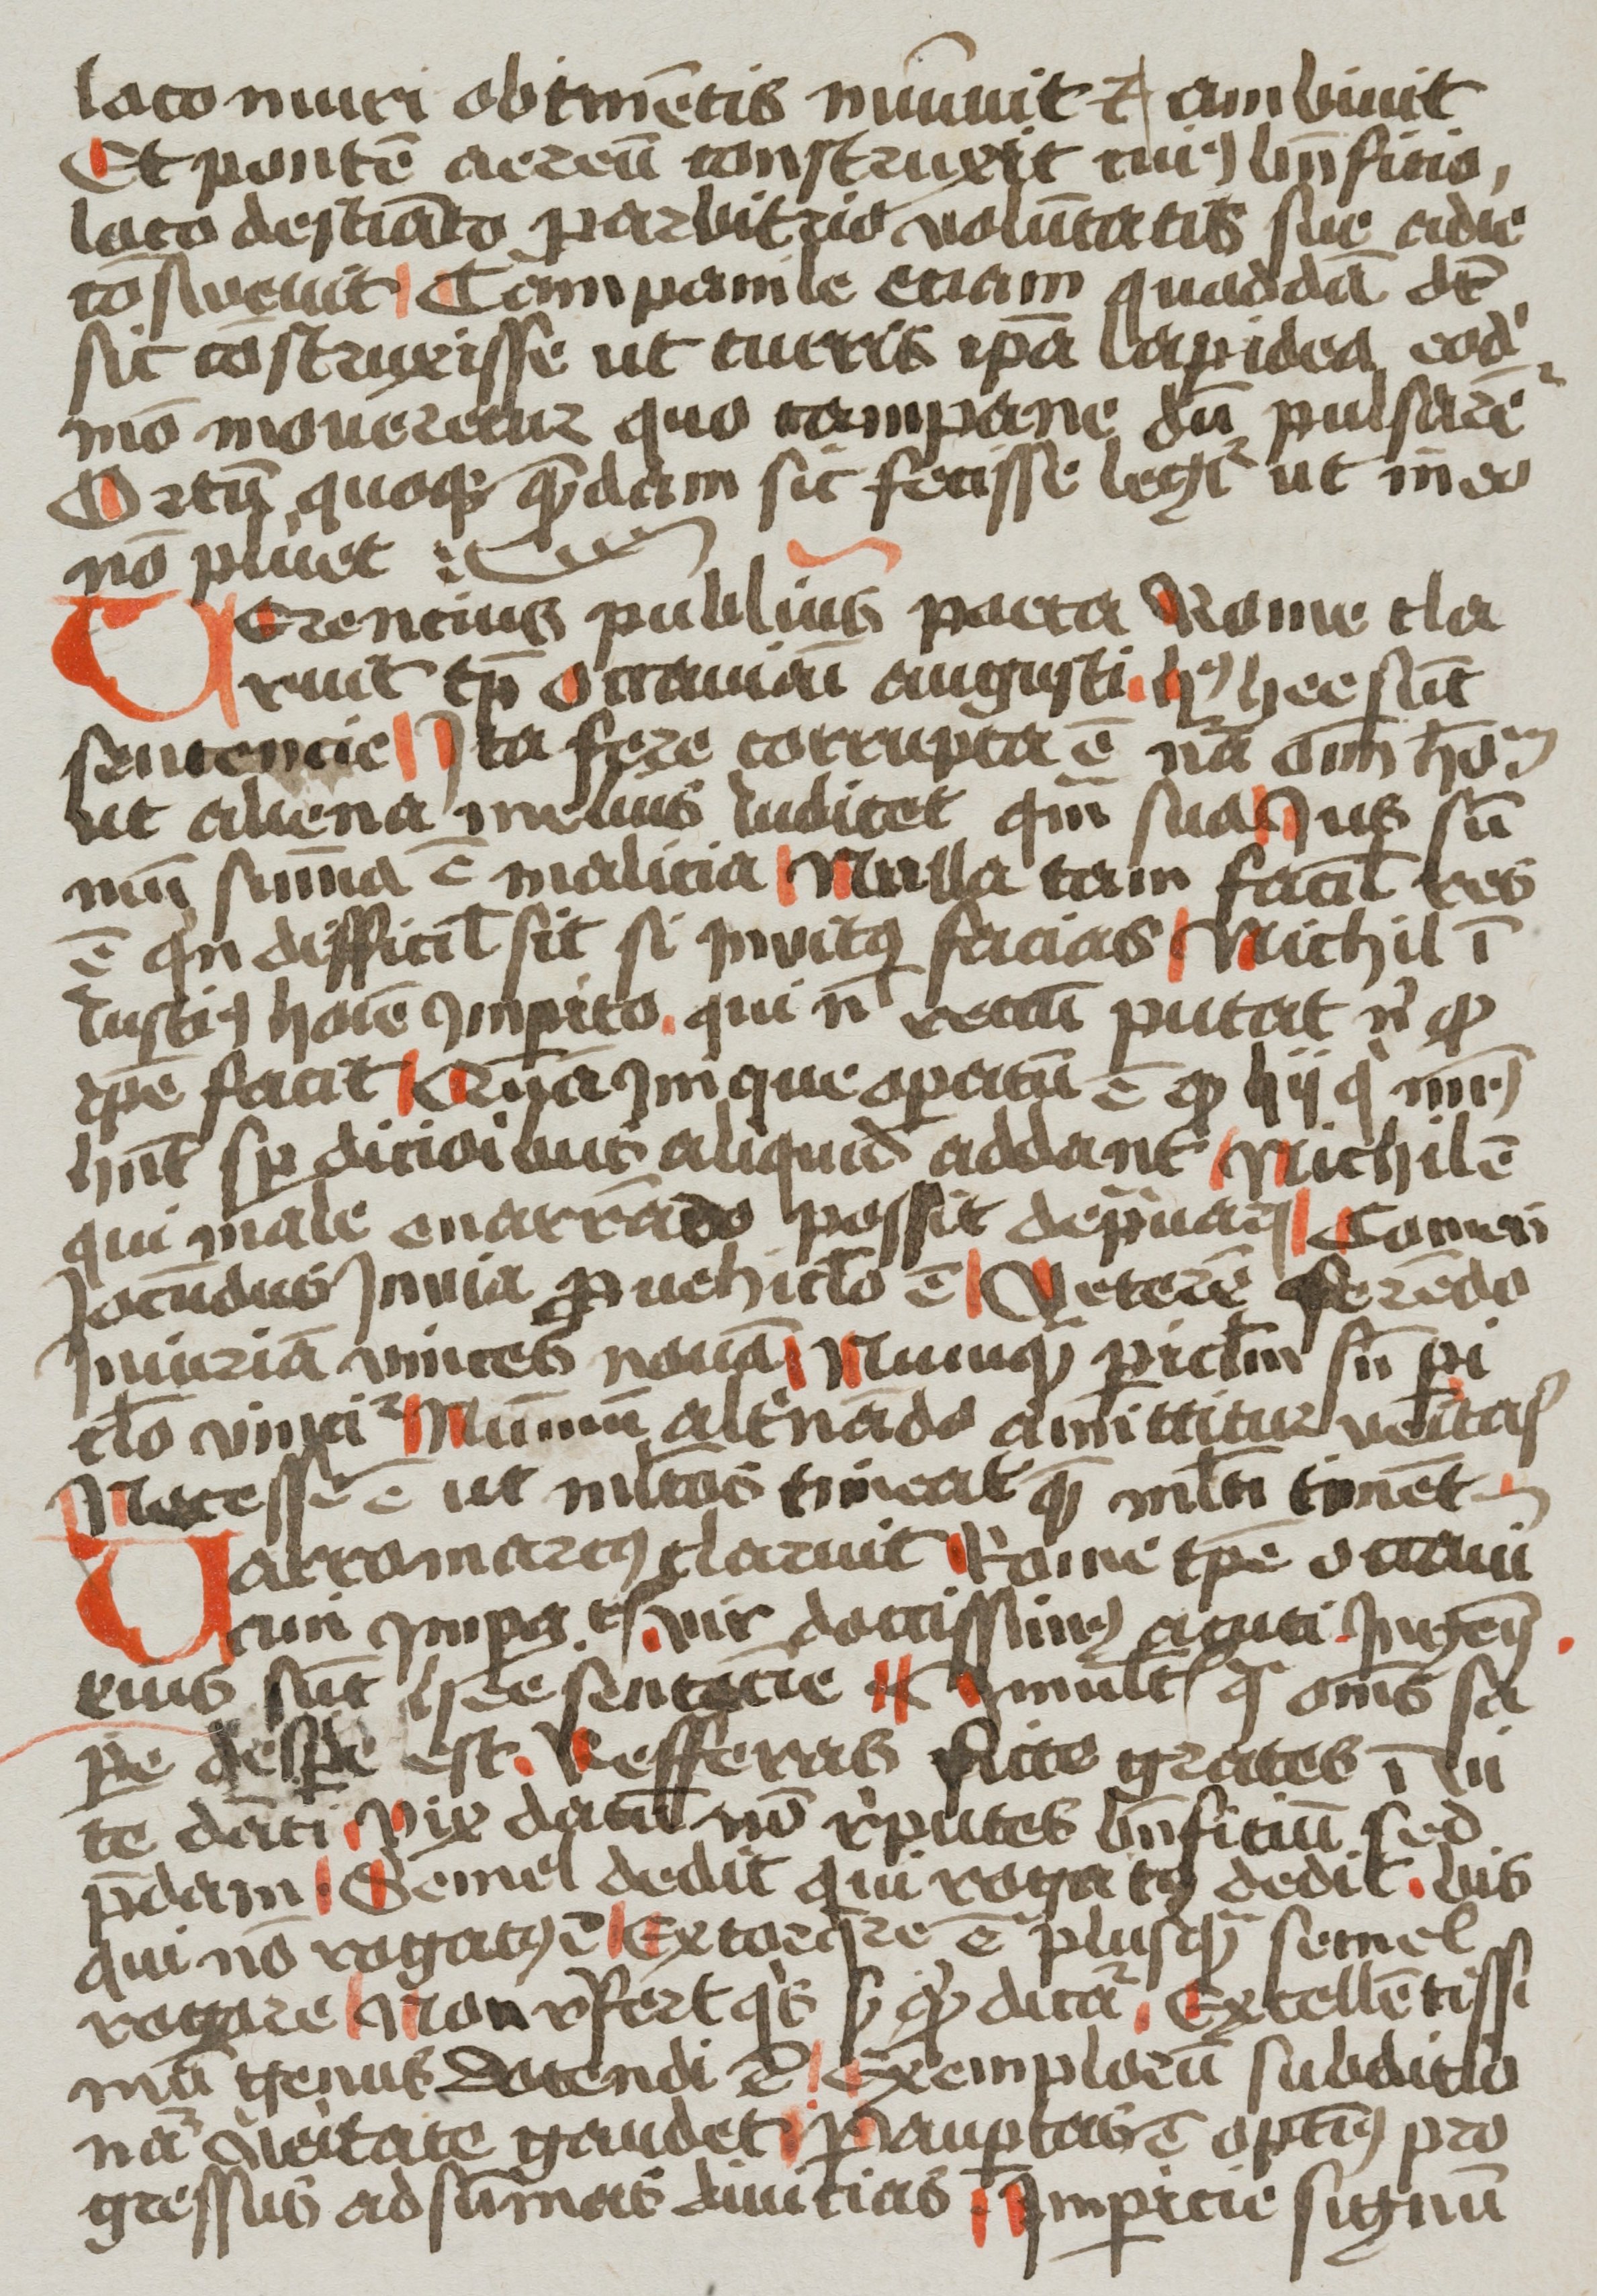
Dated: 1400–1499